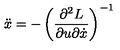
\ddot { x } = - \left( \frac { \partial ^ { 2 } L } { \partial u \partial \dot { x } } \right) ^ { - 1 }